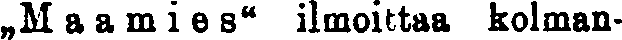
„M a a m i e s" ilmoittaa kolman-